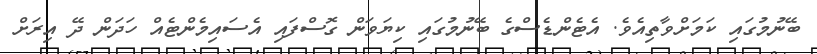
ބޭނުމުގައި ކަމަށްވާތިއެވެ. އެޓެންޑެސްގެ ބޭނުމުގައި ކިޔަވަން ގޮސްފައި އެސައިމެންޓެއް ހަދަން ދޭ އިރަށް